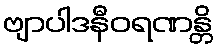
ဗျာပါဒနီဝရဏန္တိ